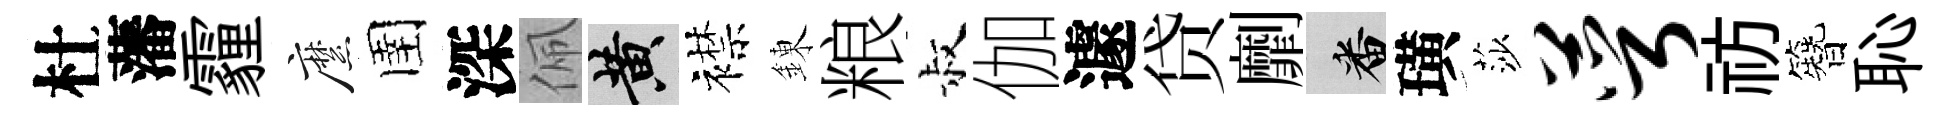
杜藩霾縻圉深佩黄襟錬粮叔伽遽贷劘番璜莎萼祊簪恥